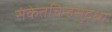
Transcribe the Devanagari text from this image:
संकेतचिन्हेसुद्धा